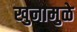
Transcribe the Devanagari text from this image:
खुनामुळे